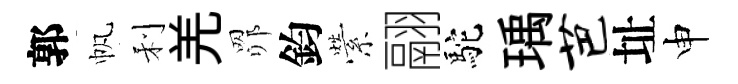
郭帆利羌𦊑鈞縈翮駝瑀芭址申